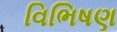
વિભિષણ